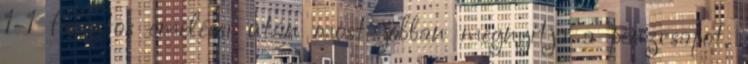
1-1 forintos emelései után most jobban megnyitja a pénzcsapot,